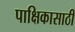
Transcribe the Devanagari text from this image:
पाक्षिकासाठी